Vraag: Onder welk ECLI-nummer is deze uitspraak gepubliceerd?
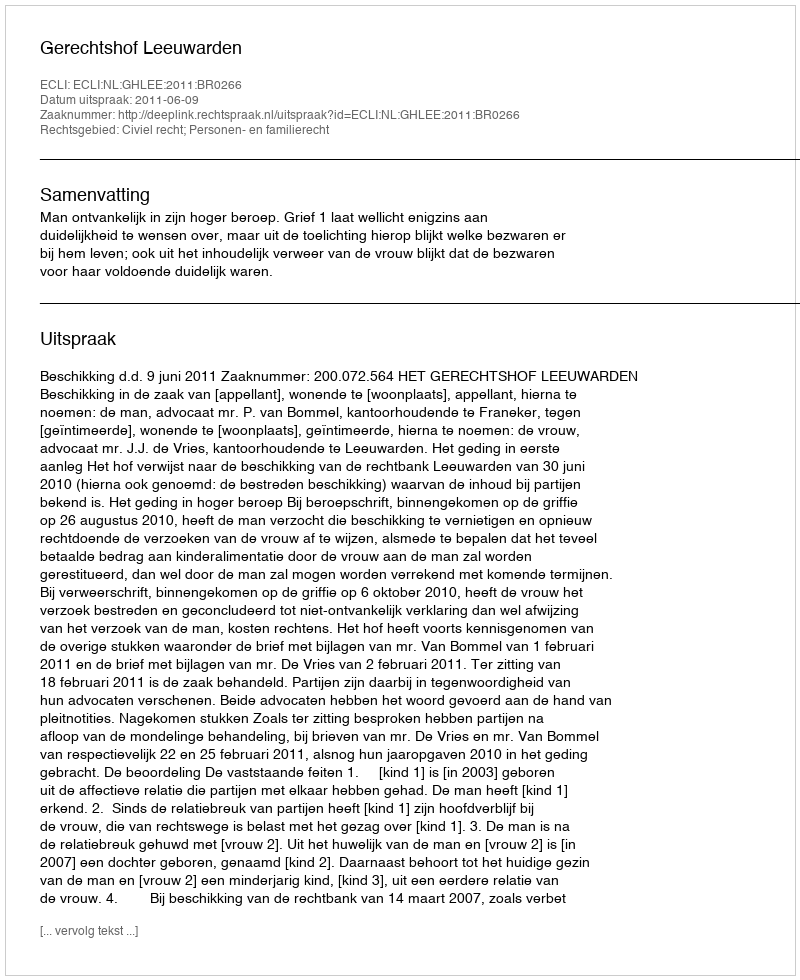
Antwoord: ECLI:NL:GHLEE:2011:BR0266